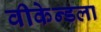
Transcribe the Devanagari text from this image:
वीकेन्डला